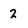
Character: 2